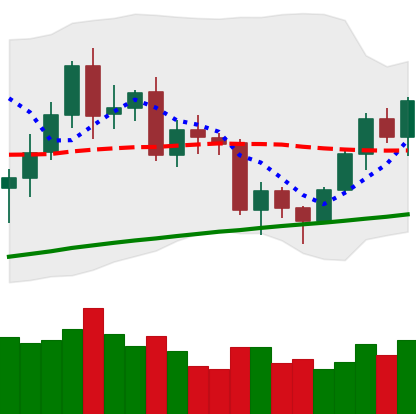
Ticker: BNB-USD
Chart end date: 2020-12-16
Forward return: 5.836%
Label: up_5_7